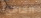
الشاطىء